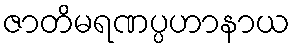
ဇာတိမရဏပ္ပဟာနာယ